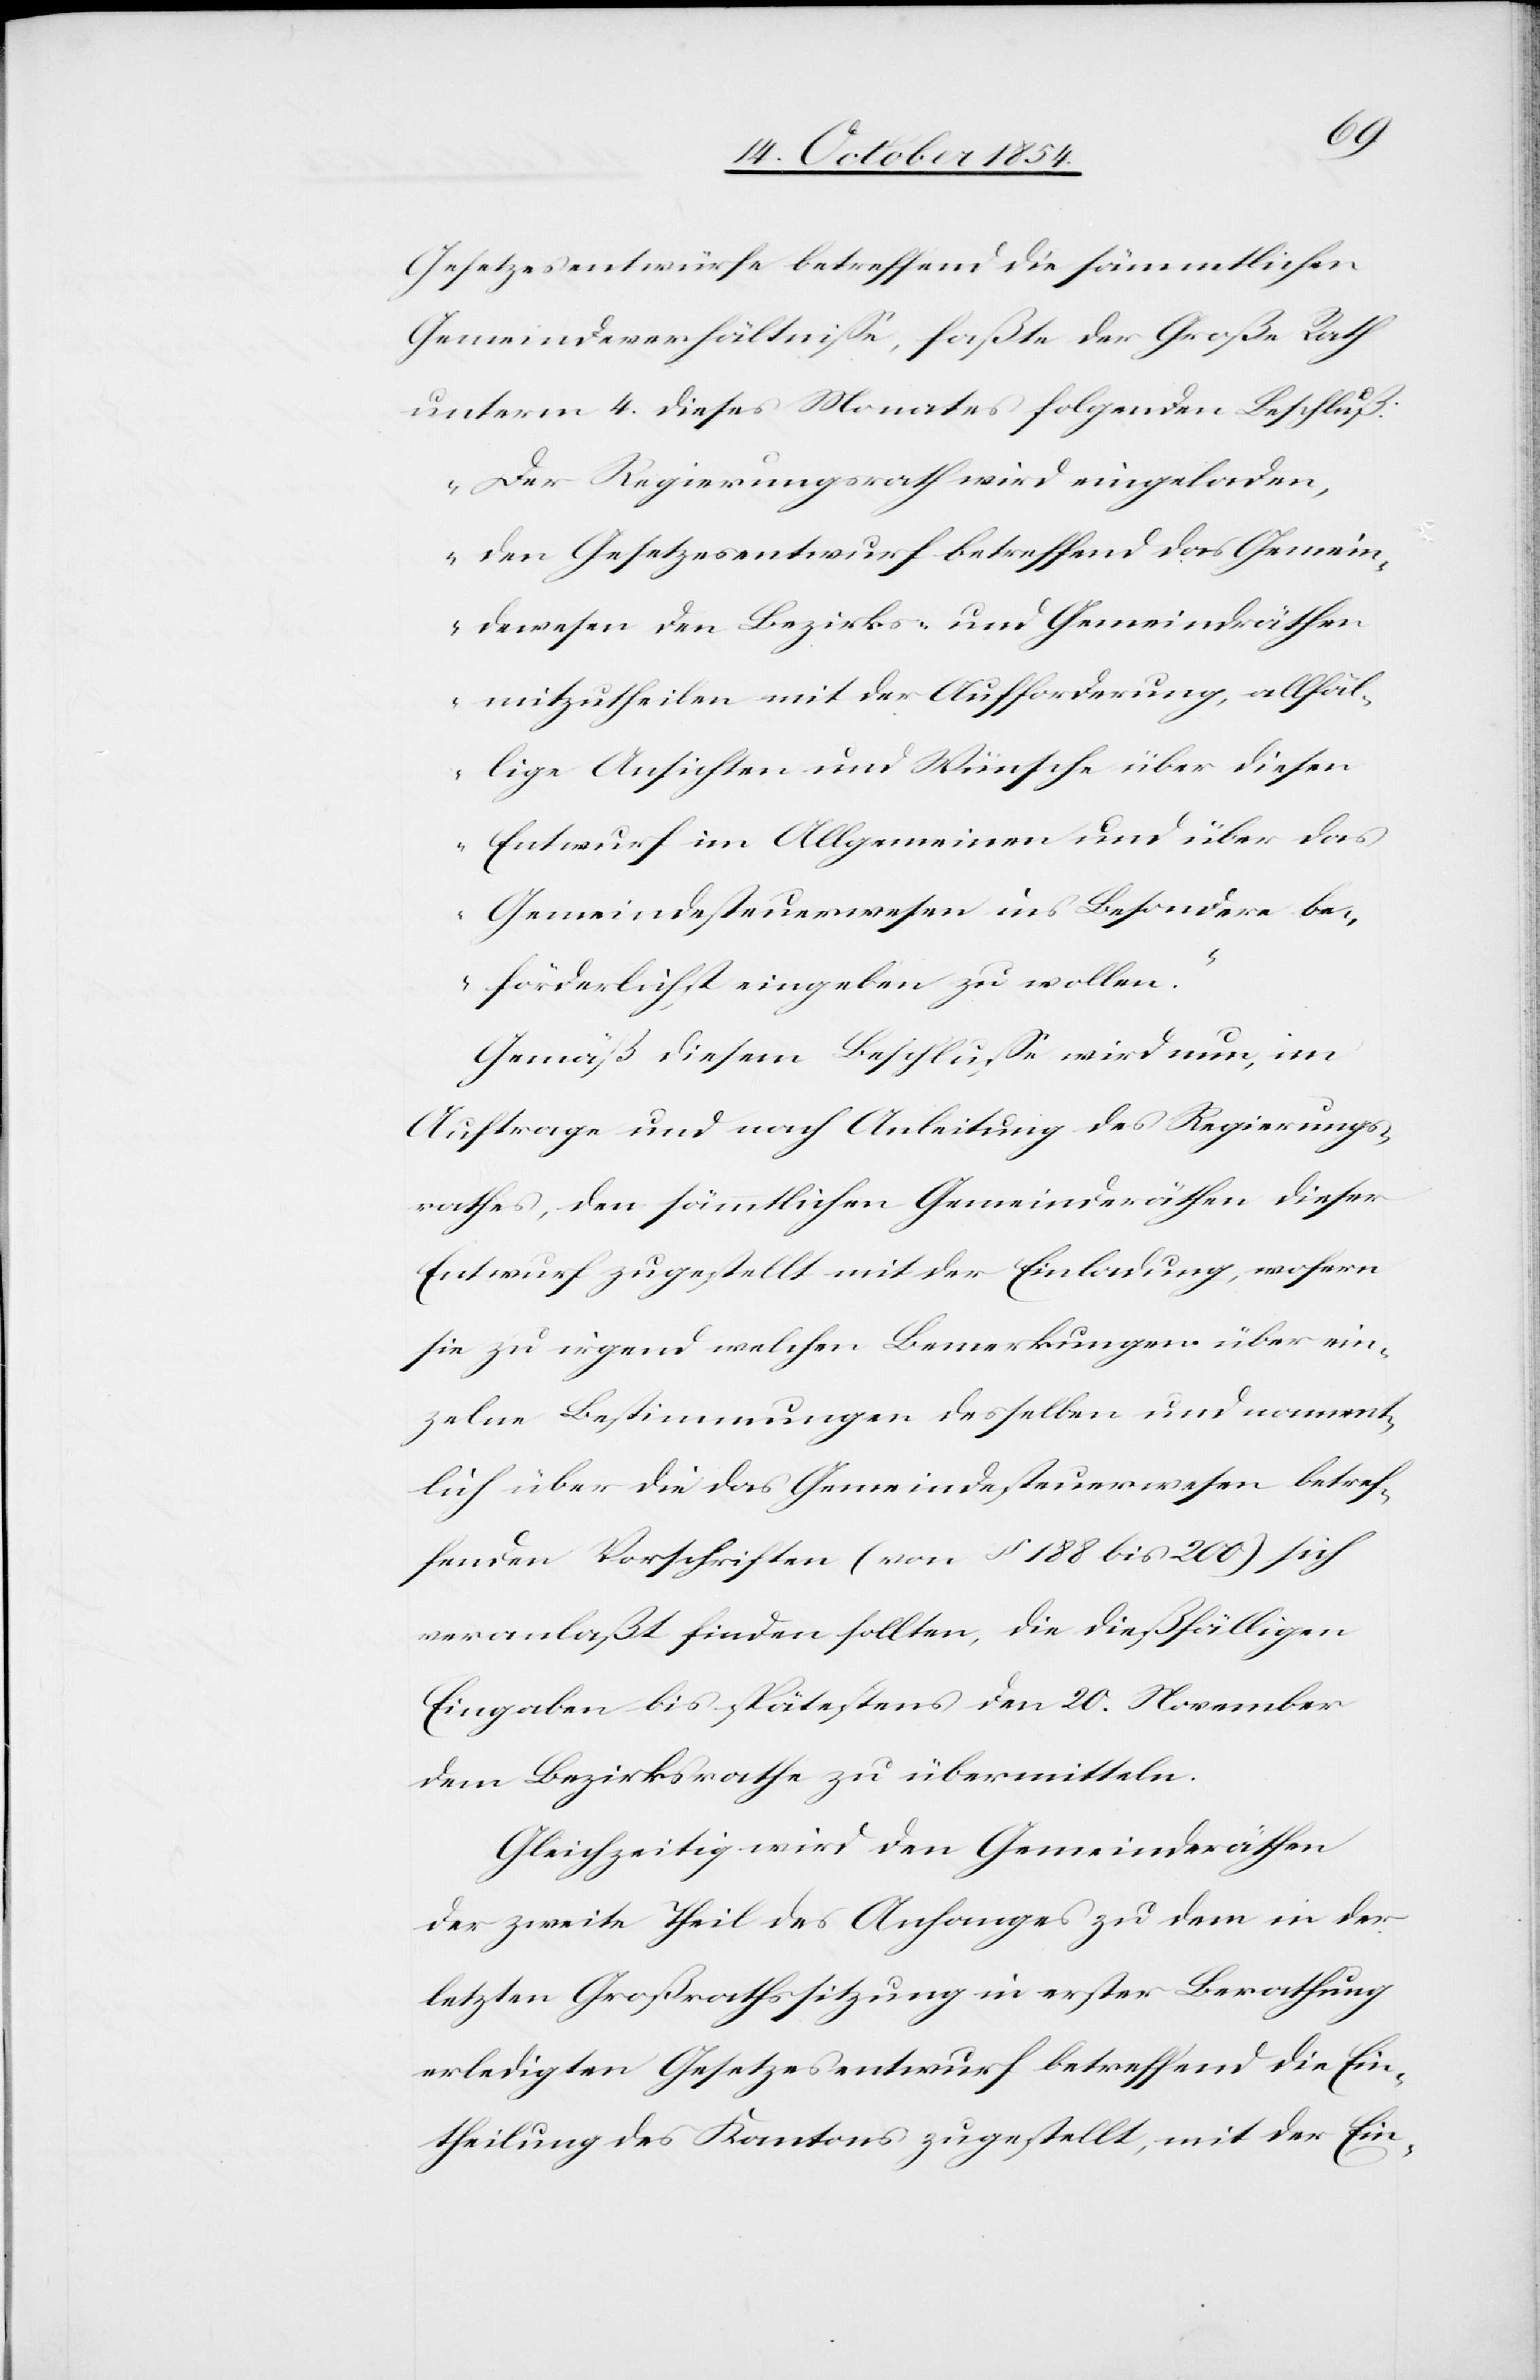
Gesetzesentwürfe betreffend die sämmtlichen
Gemeindeverhältniße, faßte der Große Rath
unterm 4. dieses Monates folgenden Beschluß:
„Der Regierungsrath wird eingeladen,
den Gesetzesentwurf betreffend das Gemein¬
dewesen den Bezirks- und Gemeindräthen
mitzutheilen mit der Aufforderung, allfäl¬
lige Ansicht und Wünsche über diesen
Entwurf im Allgemeinen und über das
Gemeindesteuerwesen ins Besondere be¬
förderlichst eingeben zu wollen.“
Gemäß diesem Beschluße wird nun, im
Auftrage und nach Anleitung des Regierungs¬
rathes den sämmtlichen Gemeinderäthen dieser
Entwurf zugestellt mit der Einladung, wofern
sie zu irgend welchen Bemerkungen über ein¬
zelne Bestimmungen desselben und nament¬
lich über die das Gemeindesteuerwesen betref¬
fenden Vorschriften (von § 188 bis 200) sich
veranlaßt finden sollten, die dießfälligen
Eingaben bis spätestens den 20. November
dem Bezirksrathe zu übermitteln.
Gleichzeitig wird den Gemeinderäthen
der zweite Theil des Anhanges zu dem in der
letzten Großrathssitzung in erster Berathung
erledigten Gesetzesentwurf betreffend die Ein¬
theilung des Kantons zugestellt, mit der Ein-